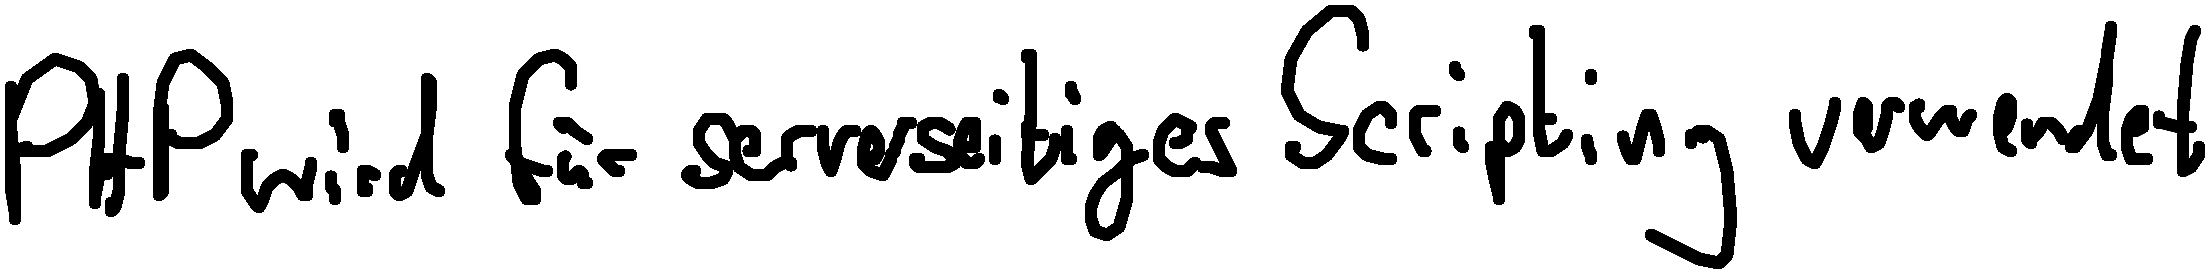
PHP wird für serverseitiges Scripting verwendet.